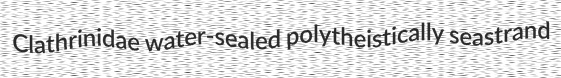
Clathrinidae water-sealed polytheistically seastrand